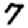
Digit: 7